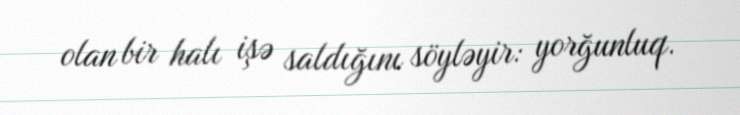
olan bir halı işə saldığını söyləyir: yorğunluq.